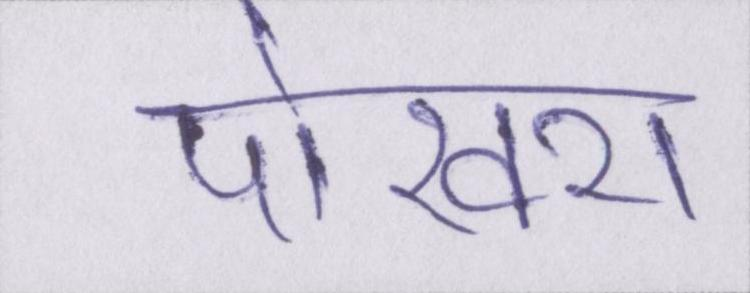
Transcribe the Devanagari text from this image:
पोखरा